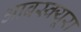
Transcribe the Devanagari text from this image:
आबस्क्यूरा